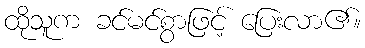
ထိုသူက ခင်မင်စွာဖြင့် ပြေးလာ၏။